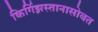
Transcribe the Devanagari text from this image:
किर्गिझस्तानासोबत